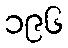
၁၉၆